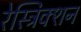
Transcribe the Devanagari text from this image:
रेस्ट्रिक्शन